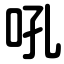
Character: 吼